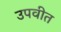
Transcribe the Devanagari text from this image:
उपवीत